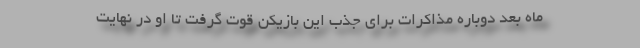
ماه بعد دوباره مذاکرات برای جذب این بازیکن قوت گرفت تا او در نهایت